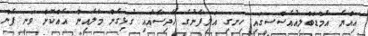
އިއްޔެ އެމްޑަބްލިއުއެސްސީގައި ހިނގި އަލިފާނުގެ ހާދިސާއާއި ގުޅިގެން މާލެއިން އެއްކޮށް ވަނީ ފެން